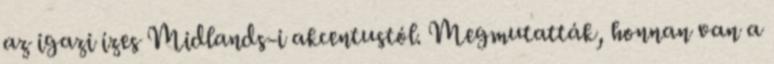
az igazi ízes Midlands-i akcentustól. Megmutatták, honnan van a